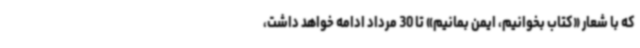
که با شعار «کتاب بخوانیم، ایمن بمانیم» تا 30 مرداد ادامه خواهد داشت،